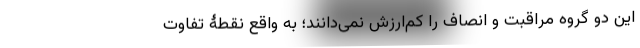
این دو گروه مراقبت و ‌انصاف را کم‌ارزش نمی‌دانند؛ به واقع نقطۀ تفاوت